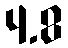
4.8